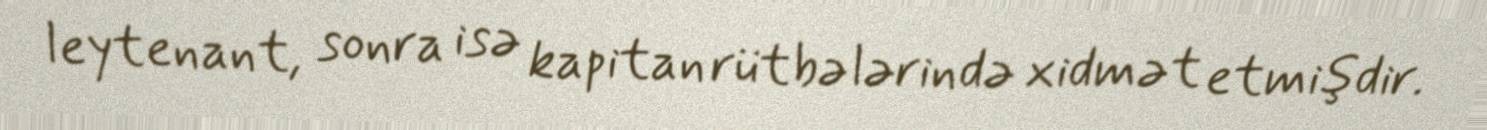
leytenant, sonra isə kapitan rütbələrində xidmət etmişdir.